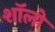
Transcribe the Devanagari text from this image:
शॉलो